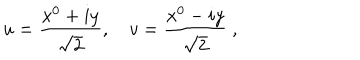
u = { \frac { x ^ { 0 } + i y } { \sqrt { 2 } } } , ~ v = { \frac { x ^ { 0 } - i y } { \sqrt { 2 } } } ~ ,